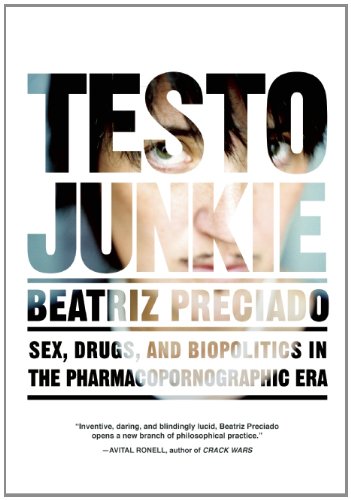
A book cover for Testo Junkie: Sex, Drugs, and Biopolitics in the Pharmacopornographic Era; Paul B. Preciado; Gay & Lesbian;